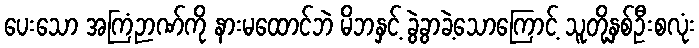
ပေးသော အကြံဉာဏ်ကို နားမထောင်ဘဲ မိဘနှင့် ခွဲခွာခဲ့သောကြောင့် သူတို့နှစ်ဦးစလုံး